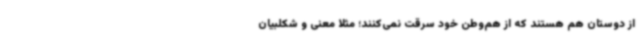
از دوستان هم هستند که از هم‌وطن خود سرقت نمی‌کنند؛ مثلا معنی و شکلبیان